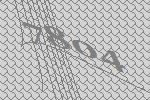
7804